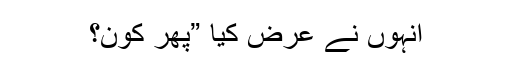
انہوں نے عرض کیا ”پھر کون؟